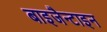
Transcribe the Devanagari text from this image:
बाइजैन्टाइन